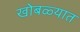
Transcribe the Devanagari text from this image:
खोबळ्यात